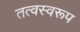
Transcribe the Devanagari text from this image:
तत्वस्वरूप